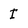
Character: I